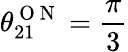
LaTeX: \theta_{21}^{\mathrm{~O~N~}}=\frac{\pi}{3}